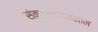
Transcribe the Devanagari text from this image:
संकटनाशननाम